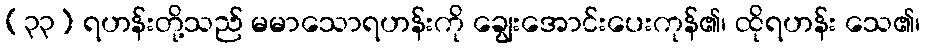
(၃၃) ရဟန်းတို့သည် မမာသောရဟန်းကို ချွေးအောင်းပေးကုန်၏၊ ထိုရဟန်း သေ၏၊